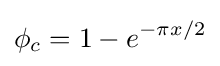
\phi _{c}=1-e^{-\pi x/2}